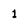
Character: 1